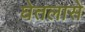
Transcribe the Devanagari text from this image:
घेतलासे